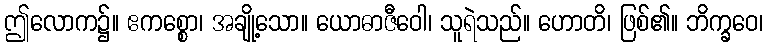
ဤလောက၌။ ဧကစ္စော၊ အချို့သော။ ယောဓာဇီဝေါ၊ သူရဲသည်။ ဟောတိ၊ ဖြစ်၏။ ဘိက္ခဝေ၊